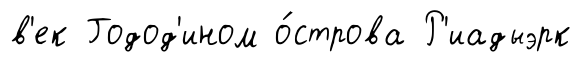
в'ек Годод'ином о́строва Р'иадыэрк